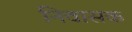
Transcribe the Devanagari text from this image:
निवासक